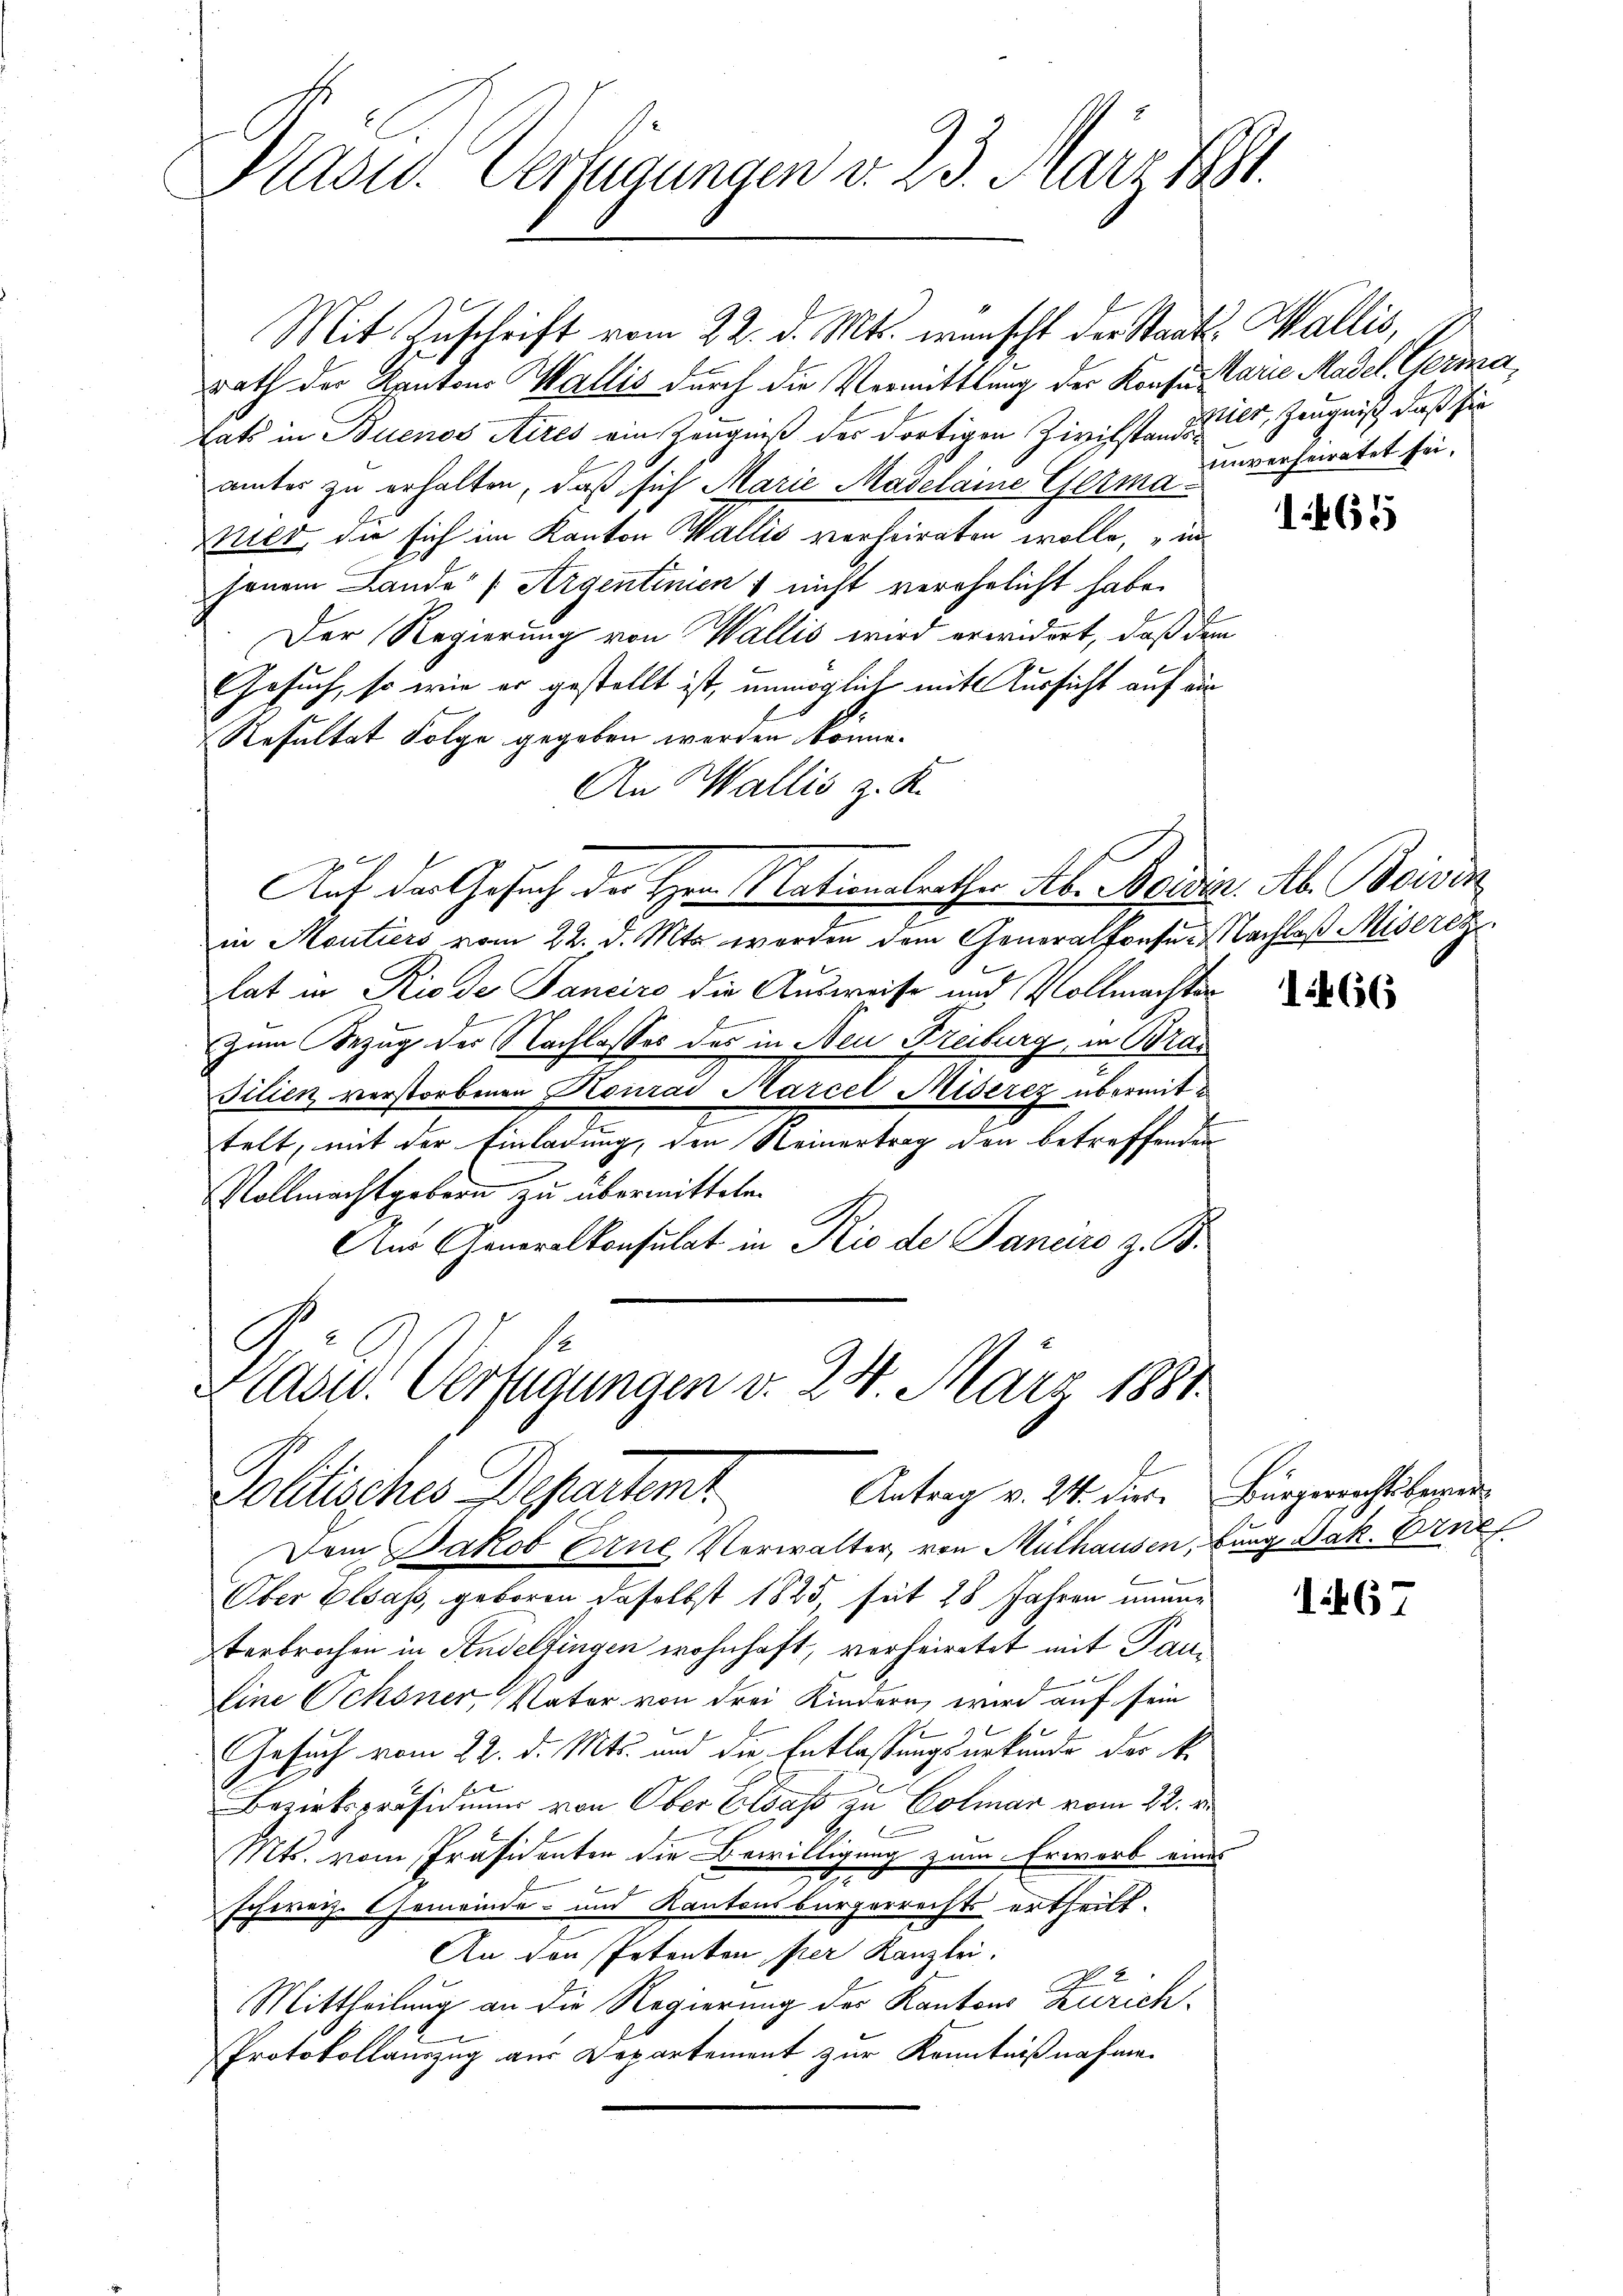
Kasid. Verfügungen d. 23. März 1881.

Mit Zuschrift vom 22. d. Mts. wünscht der Staats- Wallis,
rath der Kantons Wallis durch die Vermittlung der Konsur starie Madel. Germatats in Buenos Aires ein Zeugniß des dortigen Zivilstand hier, Zeugniß, daß sie
ämter zu erhalten, daß sich Marie Madelaine Germa¬
Mier, die sich im Kanton Wallis verheiraten wolle, in
jenem Lande“ (Argentinien & nicht verehelicht habe.
Der Regierung von Wallis wird erwidert, daß den
Gesuch, so wie er gestellt ist, unmöglich mit Aussicht auf au
Resultat Folge gegeben werden könne.
An Wallis z. K.
Auf der Gesuch der Herr Nationalrathes Ab. Bordin. Ab. Beisin
in Moutiers vom 22. d. Mts werden dem Generalkonser Nachlaß Miserz
lat in Rio der Tanciro die Ausweise und Vollmachterzum Bezug der Nachlasses des in Neu Freiburg, in Bra¬
Filien verstorbenen Konrad Marcel Miserez übermittelt, mit der Einladung, den Reinertrag den betreffenden
Vollmachtgebern zu übermitteln.
Am Generalkonsulat in Rio de Janeiro z. B.

C
Kave. Verfügungen v. 24. März 1881.
Antrag v. 24. dies. Bürgerrechtsberei
Pollisches Departent

Dem Jakob Erne Verwalter, von Mülhausen, Burg. Jak. Erne
Ober Elsass, geboren daselbst 1825, seit 28 Jahren ununterbrochen in Andelfingen wohnhaft, verheiratet mit Paue
Eine Ochsner Vater von drei Kindern wird auf sein
Gesuch vom 22. d. Mts. und die Entlassungsurkunde des k.
Bezirkspräsidium von Ober Elsaß zu Colmar vom 22. v.
Mts. vom Präsidenten die Bewilligung zum Erwarb eines
schweiz. Gemeinde- und Kantonsbürgerrechts ertheilt.
An von Petenten per Kanzlei.
Mittheilung an die Regierung des Kantons Zürich-
Protokollauszug aus Departement zur Kenntnißnahme

unverheiratet sei.

1465

1466

1467